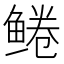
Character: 𫚠